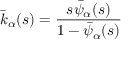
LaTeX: { \bar { k } } _ { \alpha } ( s ) = { \frac { s { \bar { \psi } } _ { \alpha } ( s ) } { 1 - { \bar { \psi } } _ { \alpha } ( s ) } }